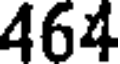
464